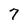
Character: 7